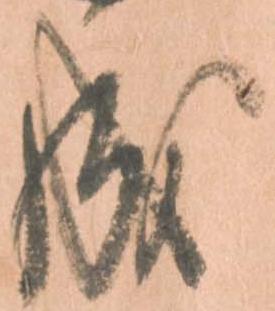
成